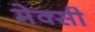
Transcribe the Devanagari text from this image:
मेक्सी